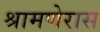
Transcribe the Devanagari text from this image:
श्रामणेरास